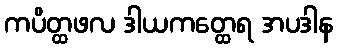
ကပိတ္ထဖလ ဒါယကတ္ထေရ အပဒါန